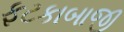
ફટકાબાજી